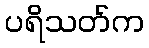
ပရိသတ်က